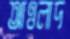
আওলাদ